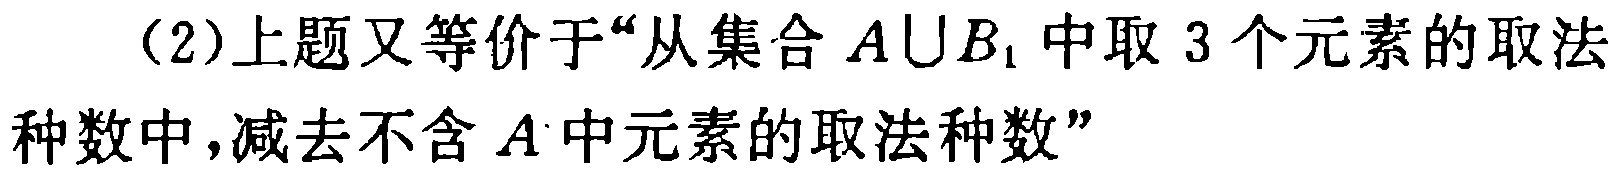
（2）上题又等价于“从集合 \(A\cup B_{1}\) 中取 3 个元素的取法种数中，减去不含 \(A\) 中元素的取法种数”